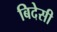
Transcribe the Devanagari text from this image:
बिदेसी